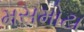
મસમોટા